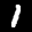
Label: 1